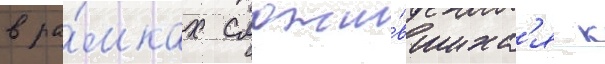
в ра́мках сложи́вшихс'я к